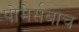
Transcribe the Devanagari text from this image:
पोमेर्सबाच